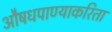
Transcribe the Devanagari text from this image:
औषधपाण्याकरिता